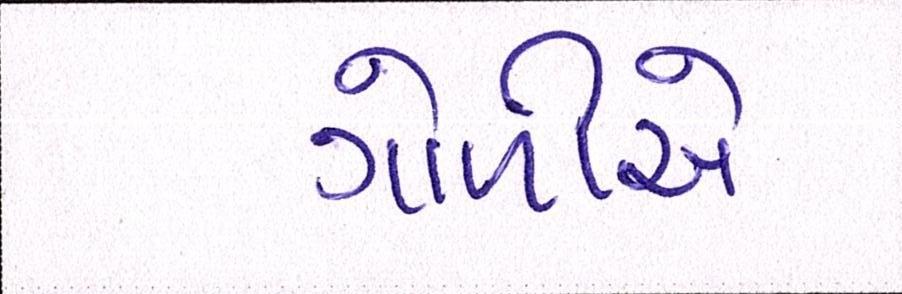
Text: ગોળીએ